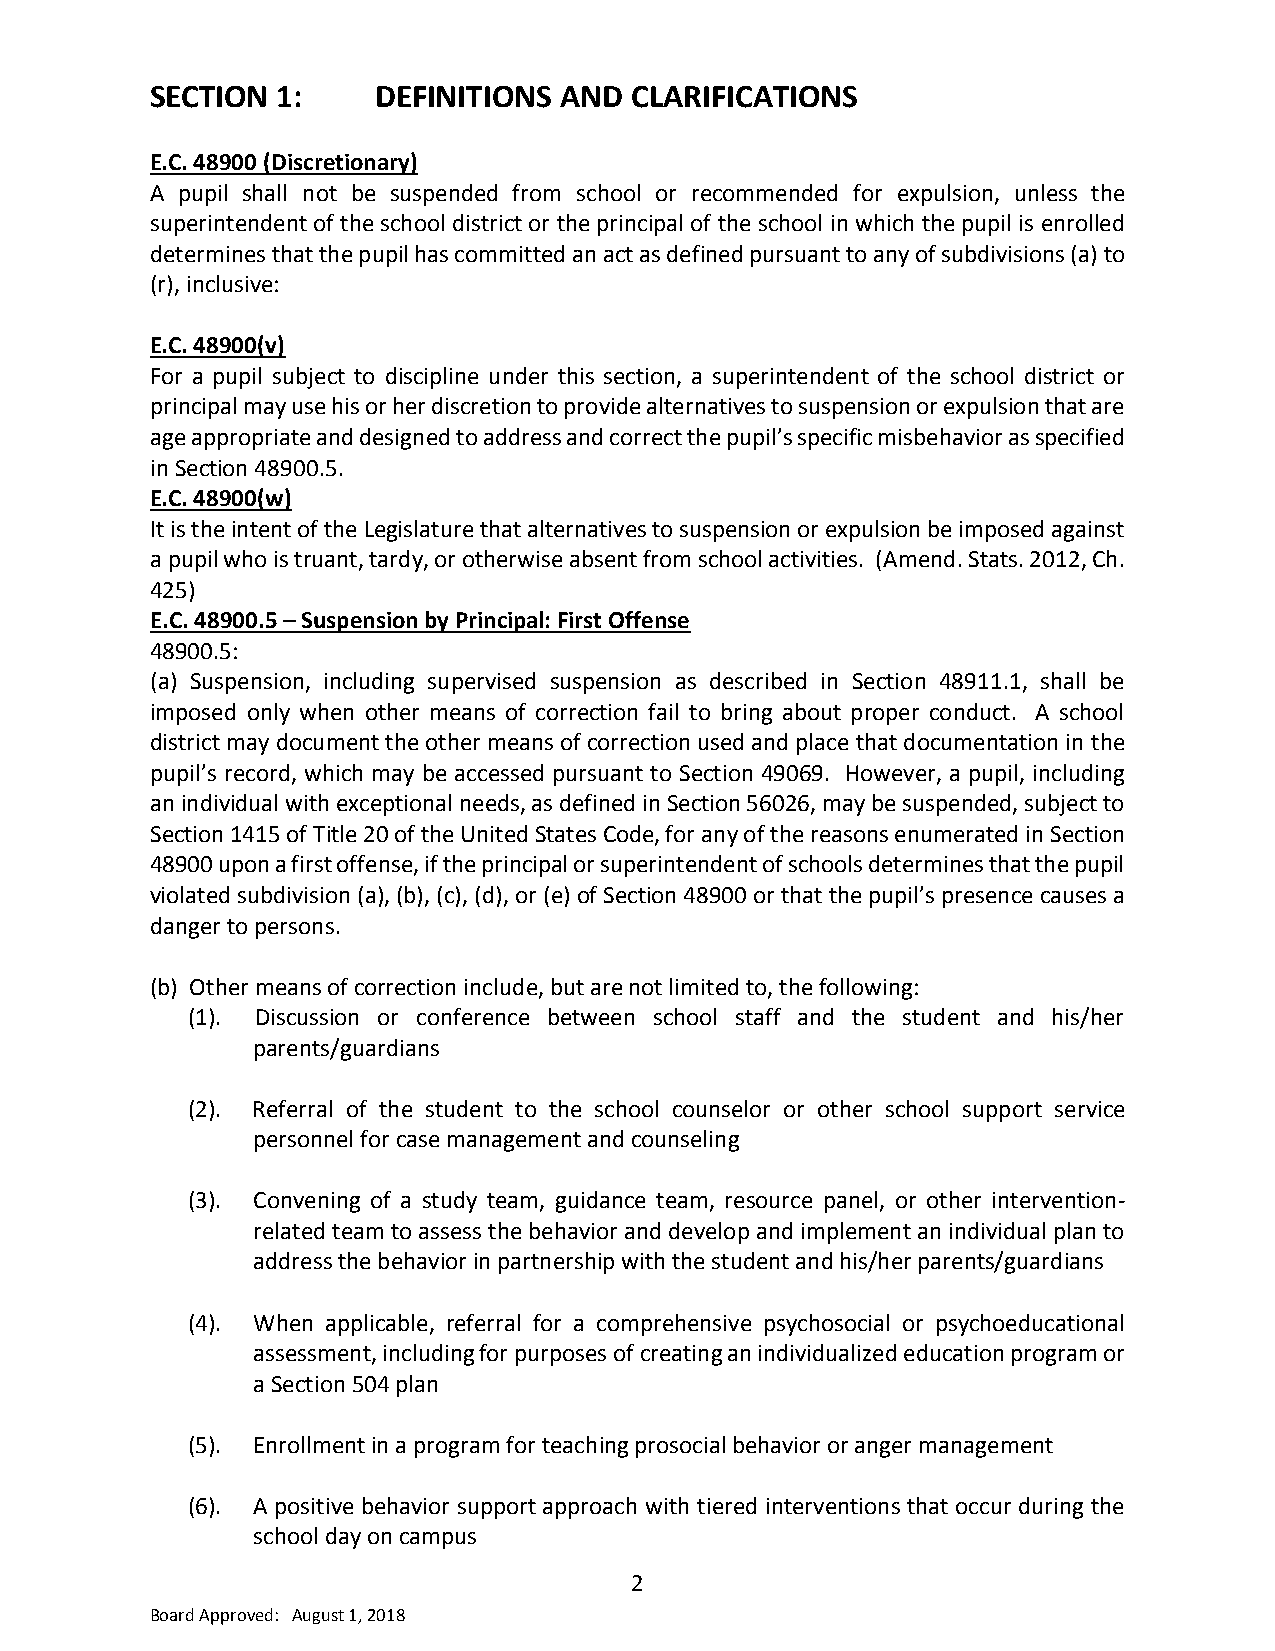
SECTION 1:     DEFINITIONS AND  CLARIFICATIONS
 E.C. 48900 (Discretionary)
 A pupil shall not be suspended from school or recommended for expulsion, unless the
 superintendent of the school district or the principal of the school in which the pupil is enrolled
 determines that the pupil has committed an act as defined pursuant to any of subdivisions (a) to
 (r), inclusive:
 E.C. 48900(v)
 For a pupil subject to discipline under this section, a superintendent of the school district or
 principal may use his or her discretion to provide alternatives to suspension or expulsion that are
 age appropriate and designed to address and correct the pupil’s specific misbehavior as specified
 in Section 48900.5.
 E.C. 48900(w)
 It is the intent of the Legislature that alternatives to suspension or expulsion be imposed against
 a pupil who is truant, tardy, or otherwise absent from school activities. (Amend. Stats. 2012, Ch.
 425)
 E.C. 48900.5 – Suspension by Principal: First Offense
 48900.5:
 (a) Suspension, including supervised suspension as described in Section 48911.1, shall be
 imposed only when other means of correction fail to bring about proper conduct. A school
 district may document the other means of correction used and place that documentation in the
 pupil’s record, which may be accessed pursuant to Section 49069. However, a pupil, including
 an individual with exceptional needs, as defined in Section 56026, may be suspended, subject to
 Section 1415 of Title 20 of the United States Code, for any of the reasons enumerated in Section
 48900 upon a first offense, if the principal or superintendent of schools determines that the pupil
 violated subdivision (a), (b), (c), (d), or (e) of Section 48900 or that the pupil’s presence causes a
 danger to persons.
 (b) Other means of correction include, but are not limited to, the following:
 (1). Discussion or conference between school staff and the student and his/her
 parents/guardians
 (2). Referral of the student to the school counselor or other school support service
 personnel for case management and counseling
 (3). Convening of a study team, guidance team, resource panel, or other intervention-
 related team to assess the behavior and develop and implement an individual plan to
 address the behavior in partnership with the student and his/her parents/guardians
 (4). When applicable, referral for a comprehensive psychosocial or psychoeducational
 assessment, including for purposes of creating an individualized education program or
 a Section 504 plan
 (5). Enrollment in a program for teaching prosocial behavior or anger management
 (6). A positive behavior support approach with tiered interventions that occur during the
 school day on campus
 2
 Board Approved: August 1, 2018